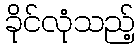
ခိုင်လုံသည့်